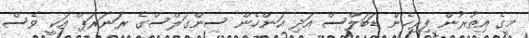
މީގެ އިތުރުން ފިރިހެން ޑަބަލްސް އަދި އަންހެން ސިންގަލްސްގެ ރަނަރަޕް އަކީ ވެސް